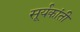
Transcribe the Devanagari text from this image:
सूर्यकांती